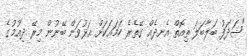
"ޝަދަފު ބަލާބަލަ ތިއޮތް އެނދެއް ގޭތެރެ ހަމައަކަށް އަޅުވަން ބޭނުން މިރޭ ދިއުމުގެ